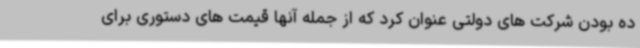
ده بودن شرکت های دولتی عنوان کرد که از جمله آنها قیمت های دستوری برای